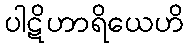
ပါဋိဟာရိယေဟိ